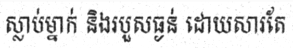
ស្លាប់ម្នាក់ និងរបួសធ្ងន់ ដោយសារតែ